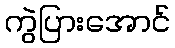
ကွဲပြားအောင်